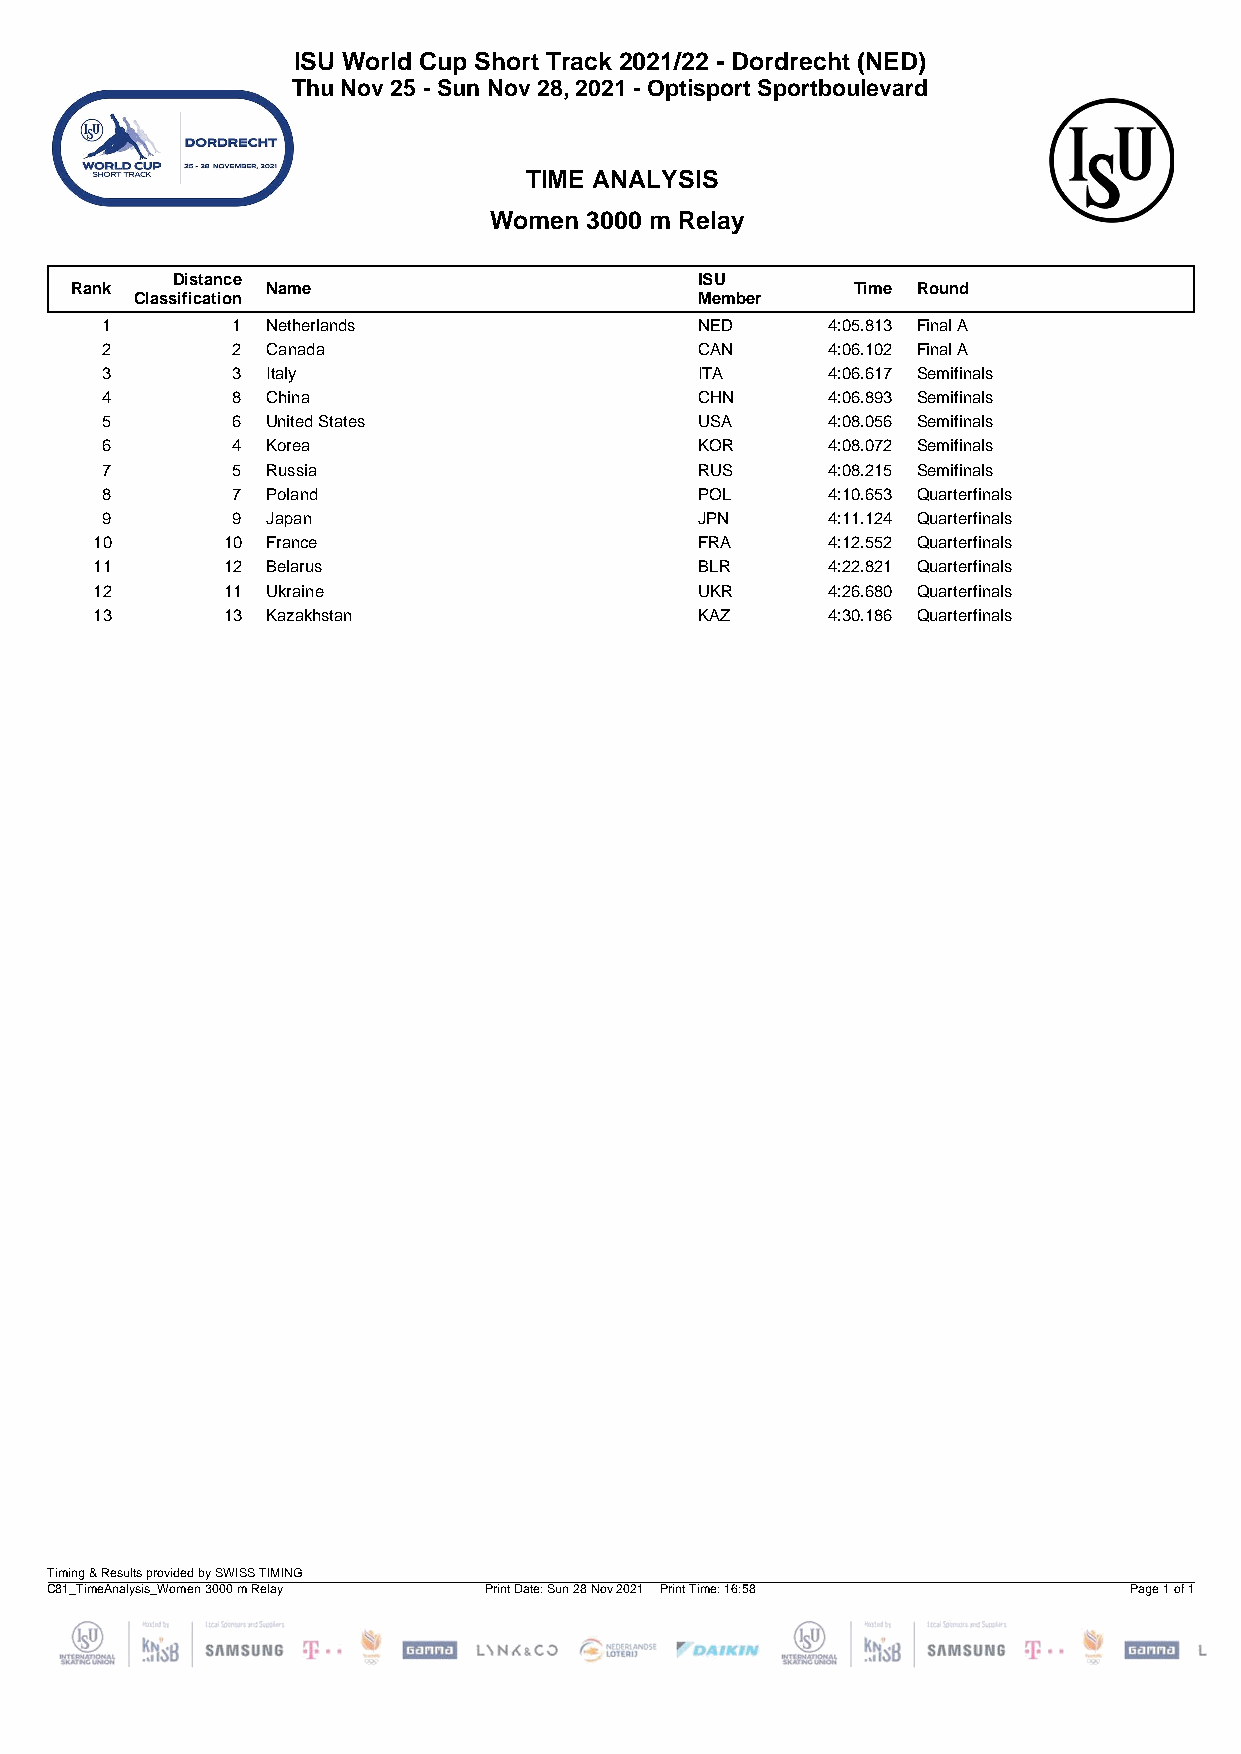
ISU World Cup Short Track 2021/22 - Dordrecht (NED)
 Thu Nov 25 - Sun Nov 28, 2021 - Optisport Sportboulevard
 TIME ANALYSIS
 Women  3000 m Relay
 Distance                           ISU
 Rank         Name                                   Time Round
 Classification                       Member
 1       1  Netherlands                 NED      4:05.813 Final A
 2       2  Canada                      CAN      4:06.102 Final A
 3       3  Italy                       ITA      4:06.617 Semifinals
 4       8  China                       CHN      4:06.893 Semifinals
 5       6  United States               USA      4:08.056 Semifinals
 6       4  Korea                       KOR      4:08.072 Semifinals
 7       5  Russia                      RUS      4:08.215 Semifinals
 8       7  Poland                      POL      4:10.653 Quarterfinals
 9       9  Japan                       JPN      4:11.124 Quarterfinals
 10       10 France                      FRA      4:12.552 Quarterfinals
 11       12 Belarus                     BLR      4:22.821 Quarterfinals
 12       11 Ukraine                     UKR      4:26.680 Quarterfinals
 13       13 Kazakhstan                  KAZ      4:30.186 Quarterfinals
 Timing & Results provided by SWISS TIMING
 C81_TimeAnalysis_Women 3000 m Relay Print Date: Sun 28 Nov 2021 Print Time: 16:58 Page 1 of 1